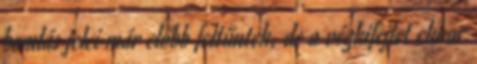
bomlás jelei már előbb feltűntek, de a végkifejlet ekkor